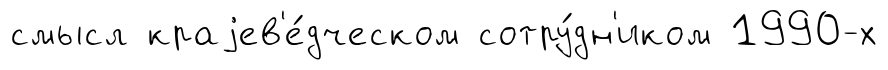
смысл краjев'е́дческом сотру́дн'иком 1990-х